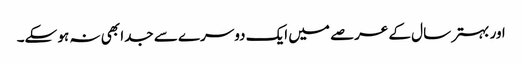
اور بہتر سال کے عرصے میں ایک دوسرے سے جدا بھی نہ ہو سکے۔